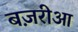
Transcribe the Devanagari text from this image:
बज़रीआ